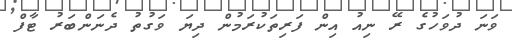
ވަނަ ދުވަހުގެ ރޭ ނިއު އިން ފަރިތަކުރަމުން ދިޔަ ވަގުތު ދެނަންބަރު ޓާފް